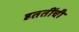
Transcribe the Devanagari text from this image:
हततींची